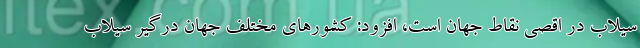
سیلاب در اقصی نقاط جهان است، افزود: کشورهای مختلف جهان درگیر سیلاب